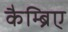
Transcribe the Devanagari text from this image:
कैम्ब्रिए